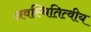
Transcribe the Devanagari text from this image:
अवस्थितित्वीय